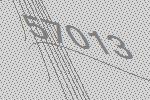
57013